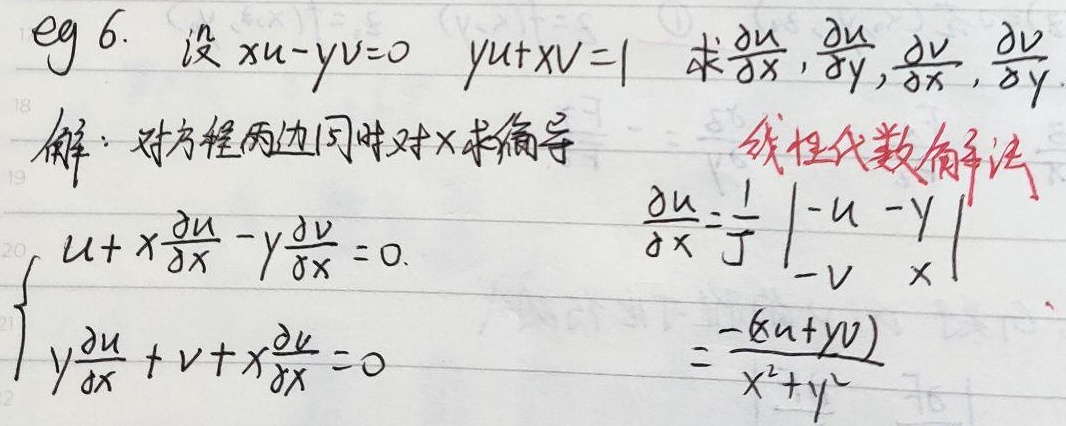
例6. 设\(xu - yv = 0\quad yu + xv = 1\)，求\(\frac{\partial u}{\partial x},\frac{\partial u}{\partial y},\frac{\partial v}{\partial x},\frac{\partial v}{\partial y}\)。
解：对方程两边同时对\(x\)求偏导（线性代数解法）
\[\begin{cases}u + x\frac{\partial u}{\partial x}-y\frac{\partial v}{\partial x}=0\\y\frac{\partial u}{\partial x}+v + x\frac{\partial v}{\partial x}=0\end{cases}\]
\(\begin{align*}\frac{\partial u}{\partial x}&=\frac{1}{J}\begin{vmatrix} -u& -y\\ -v& x\end{vmatrix}\\&=\frac{-(xu + yv)}{x^{2}+y^{2}}\end{align*}\]